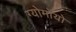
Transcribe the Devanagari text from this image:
ग्योमोयो